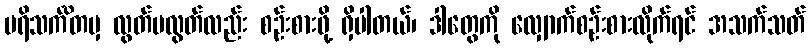
ပရိသင်္ကိတမှ လွတ်မလွတ်လည်း စဉ်းစားဖို့ ရှိပါတယ်၊ ဒါတွေကို လျှောက်စဉ်းစားလိုက်ရင် အသက်သတ်